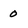
Character: 0